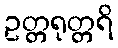
ဥတ္တရုတ္တရိ